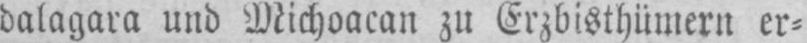
dalagra und Michoacan zu Erzbisthümern er⸗